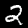
Digit: 2